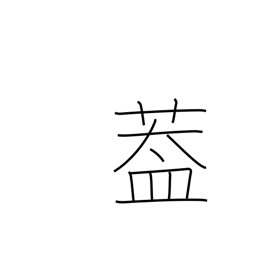
Meaning: flap